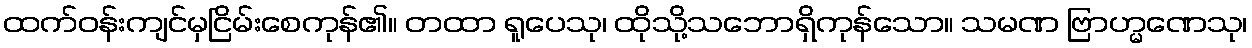
ထက်ဝန်းကျင်မှငြိမ်းစေကုန်၏။ တထာ ရူပေသု၊ ထိုသို့သဘောရှိကုန်သော။ သမဏ ဗြာဟ္မဏေသု၊